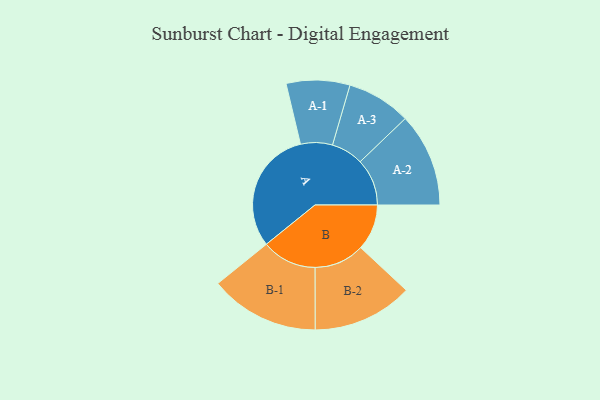
{"axis": {"x": "Segment", "y": "Value"}, "legend": ["", "A", "B"], "data": [{"x": "A", "y": 451, "type": ""}, {"x": "B", "y": 168, "type": ""}, {"x": "A-1", "y": 116, "type": "A"}, {"x": "A-2", "y": 171, "type": "A"}, {"x": "A-3", "y": 117, "type": "A"}, {"x": "B-1", "y": 200, "type": "B"}, {"x": "B-2", "y": 183, "type": "B"}]}